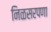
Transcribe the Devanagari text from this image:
निळसरपणा